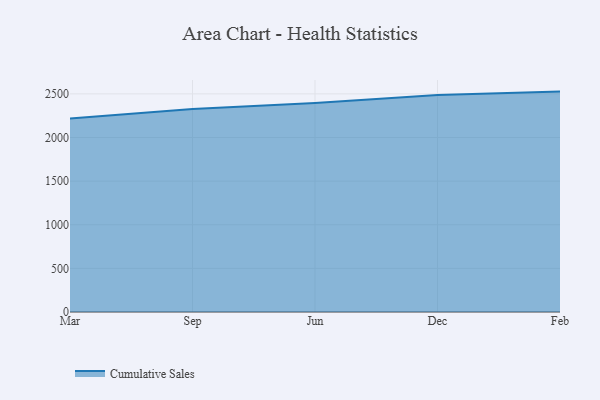
{"axis": {"x": "Month", "y": "Shipments"}, "legend": ["Cumulative Sales"], "data": [{"x": "Mar", "y": 2219.2, "type": "Cumulative Sales"}, {"x": "Sep", "y": 2328.0, "type": "Cumulative Sales"}, {"x": "Jun", "y": 2394.6, "type": "Cumulative Sales"}, {"x": "Dec", "y": 2488.1, "type": "Cumulative Sales"}, {"x": "Feb", "y": 2526.3, "type": "Cumulative Sales"}]}